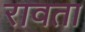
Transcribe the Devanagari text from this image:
रावता